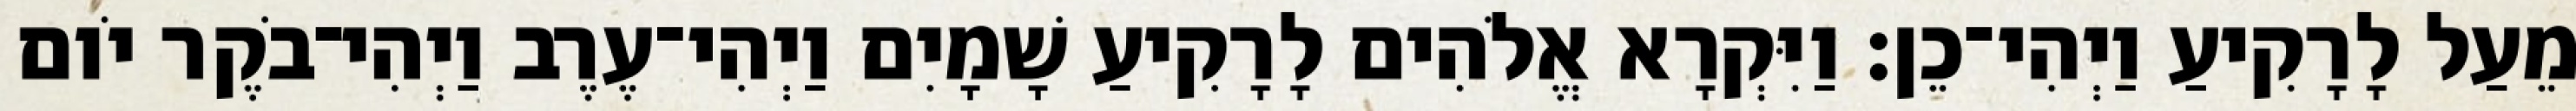
מֵעַל לָרָקִיעַ וַיְהִי־כֵן׃ וַיִּקְרָא אֱלֹהִים לָרָקִיעַ שָׁמָיִם וַיְהִי־עֶרֶב וַיְהִי־בֹקֶר יֹום